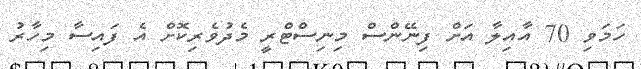
ހަމަވި 70 އާއިލާ އަށް ފިނޭންސް މިނިސްޓްރީ މެދުވެރިކޮށް އެ ފައިސާ މިހާރު